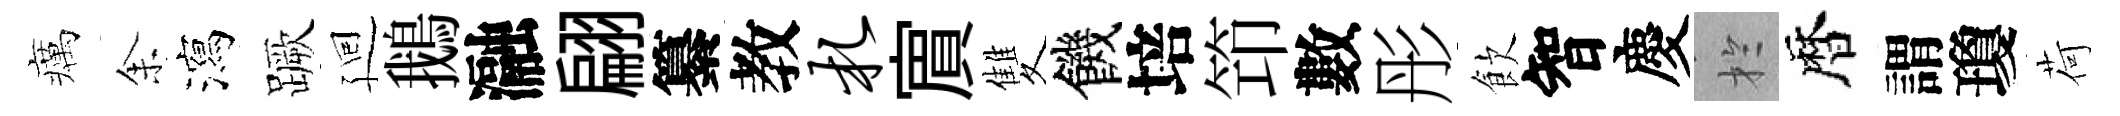
癘𪜬瀉蹶廻鵝瀜翩纂教札賔雙饑培笻數彤飲智慶扵暦謂瓊荷